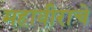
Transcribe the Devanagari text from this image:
महावीराचे